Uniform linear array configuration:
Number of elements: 48
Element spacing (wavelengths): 0.25
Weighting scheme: blackman
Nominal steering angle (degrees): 30
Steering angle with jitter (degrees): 31.255
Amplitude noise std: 0.05
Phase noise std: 0.05

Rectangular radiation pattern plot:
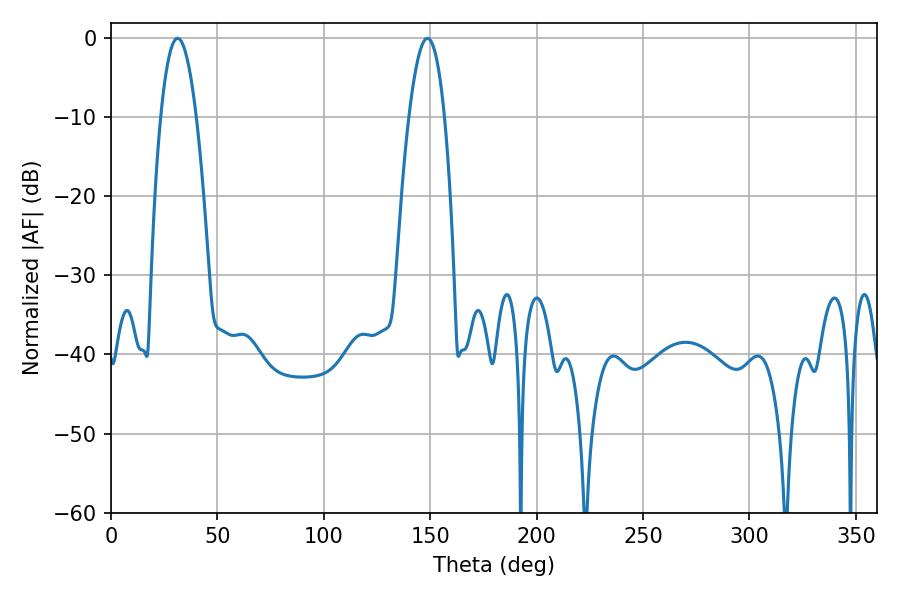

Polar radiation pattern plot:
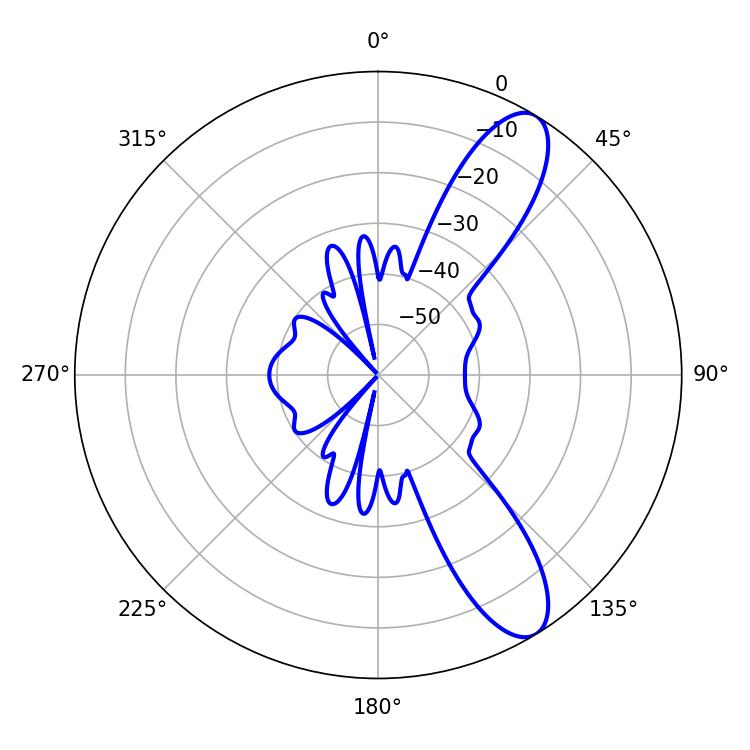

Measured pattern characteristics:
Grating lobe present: FALSE
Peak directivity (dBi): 10.454
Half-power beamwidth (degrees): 9.18
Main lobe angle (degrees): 31.32